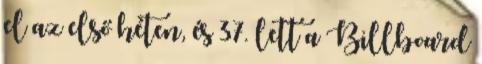
el az első héten, és 37. lett a Billboard